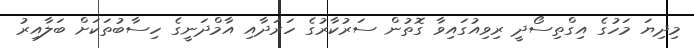
މިދިޔަ މަހުގެ އިގްތިސޯދީ ރިވިއުގައިވާ ގޮތުން ސަރުކާރުގެ ހަރަދާއި އާމްދަނީގެ ހިސާބުތަަކަށް ބަލާއިރު